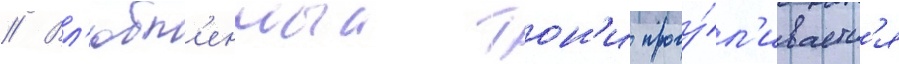
// Вл'юбл'енныи тон'и прогу́л'иваетс'я